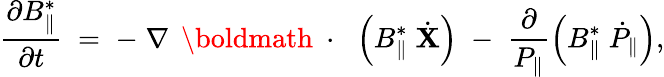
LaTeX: \frac{\partial B_{\| }^{*}}{\partial t}\; =\; -\; \nabla\, \mathrm{~\boldmath~\cdot~}\, \left(B_{\| }^{*}\; \dot{\mathbf X}\right)\; -\; \frac{\partial}{P_{\| }}\left(B_{\| }^{*}\; \dot{P}_{\| }\right),